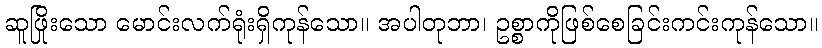
ဆူဖြိုးသော မောင်းလက်ရုံးရှိကုန်သော။ အပါတုဘာ၊ ဥစ္စာကိုဖြစ်စေခြင်းကင်းကုန်သော။